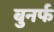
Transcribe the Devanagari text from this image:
बुनर्फ